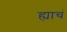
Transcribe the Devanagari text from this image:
ह्याचं